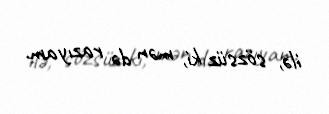
ilə, sözsüz ki, mən də razıyam.